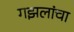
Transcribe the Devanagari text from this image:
गझलांचा